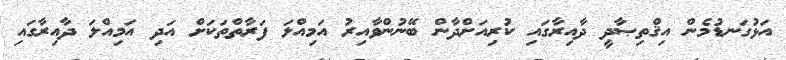
އަޅުގަނޑުމެން އިޤްތިޞާދީ ދާއިރާގައި ކުރިއަށްދާން ބޭނުންވާއިރު އަމިއްލަ ފަރާތްތަކަށް އަދި އަމިއްލަ ދާއިރާގައި